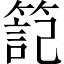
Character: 𥱬